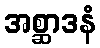
အစ္ဆာဒနံ